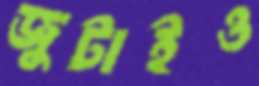
জুটাইও